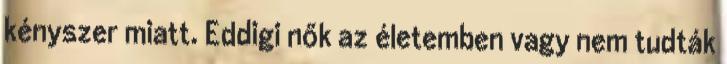
kényszer miatt. Eddigi nők az életemben vagy nem tudták